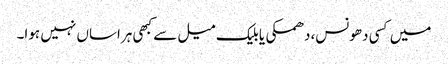
میں کسی دھونس،دھمکی یا بلیک میل سے کبھی ہراساں نہیں ہوا۔